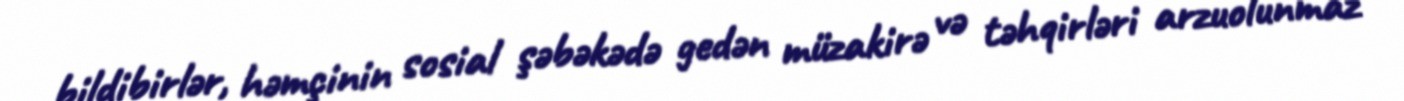
bildibirlər, həmçinin sosial şəbəkədə gedən müzakirə və təhqirləri arzuolunmaz